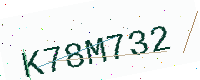
Text: K78M732